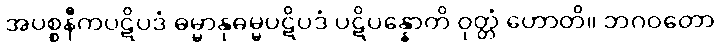
အပစ္စနီကပဋိပဒံ ဓမ္မာနုဓမ္မပဋိပဒံ ပဋိပန္နောတိ ဝုတ္တံ ဟောတိ။ ဘဂဝတော